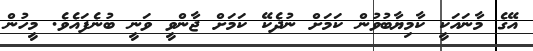
އޭގެ މާނައަކީ ކާމިޔާބުވުން ކަމަށް ނުދެކޭ ކަމަށް ޖާންވީ ވަނީ ބުނެފައެވެ. މީހުން